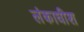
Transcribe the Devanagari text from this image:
लंकाधीश